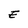
Character: E